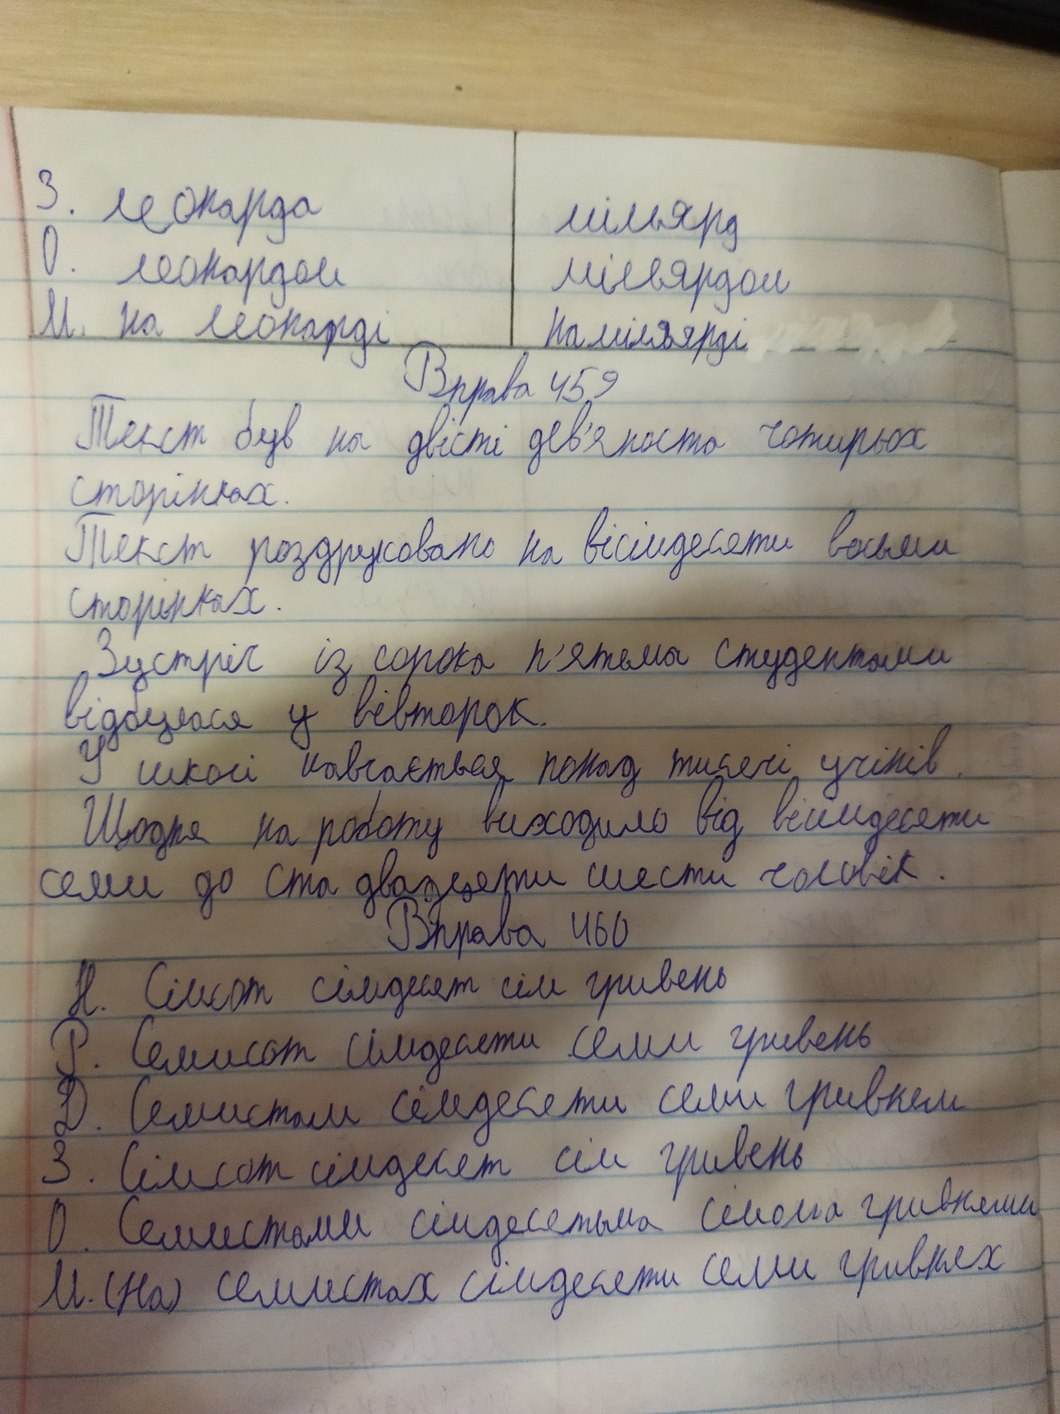
3. леопарда
мільярд
0. леопардом
мільярдом
М. на леопарді
На мільярді
Вправа 459
Текст був на двісті дев'яносто чотирьох
сторінках.
Текст роздруковано на вісімдесяти восьми
сторінках.
Зустріч із сорока п'ятьма студентами
відбулася у вівторок.
У школі навчається понад тисячі учінів.
Щодня на роботу виходило від вісімдесяти
семи до ста двадцати шести чоловік.
Вправа 460
Н. Сімсот сімдесят сім гривень
Р. Семисот сімдесяти семи гривень
Д. Семистам сімдесяти семи гривням
З. Сімсот сімдесят сім гривень
О. Семистами сімдесятьма сімома гривнями
М. (На) семистах сімдесяти семи гривнях